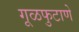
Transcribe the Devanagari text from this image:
गूळफुटाणे